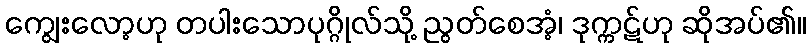
ကျွေးလော့ဟု တပါးသောပုဂ္ဂိုလ်သို့ ညွတ်စေအံ့၊ ဒုက္ကဋ်ဟု ဆိုအပ်၏။